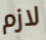
لازم